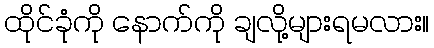
ထိုင်ခုံကို နောက်ကို ချလို့များရမလား။